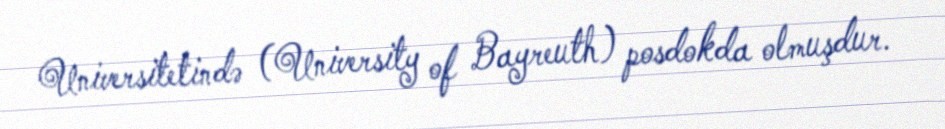
Universitetində (University of Bayreuth) posdokda olmuşdur.